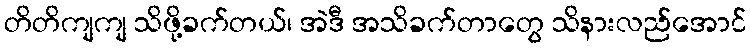
တိတိကျကျ သိဖို့ခက်တယ်၊ အဲဒီ အသိခက်တာတွေ သိနားလည်အောင်